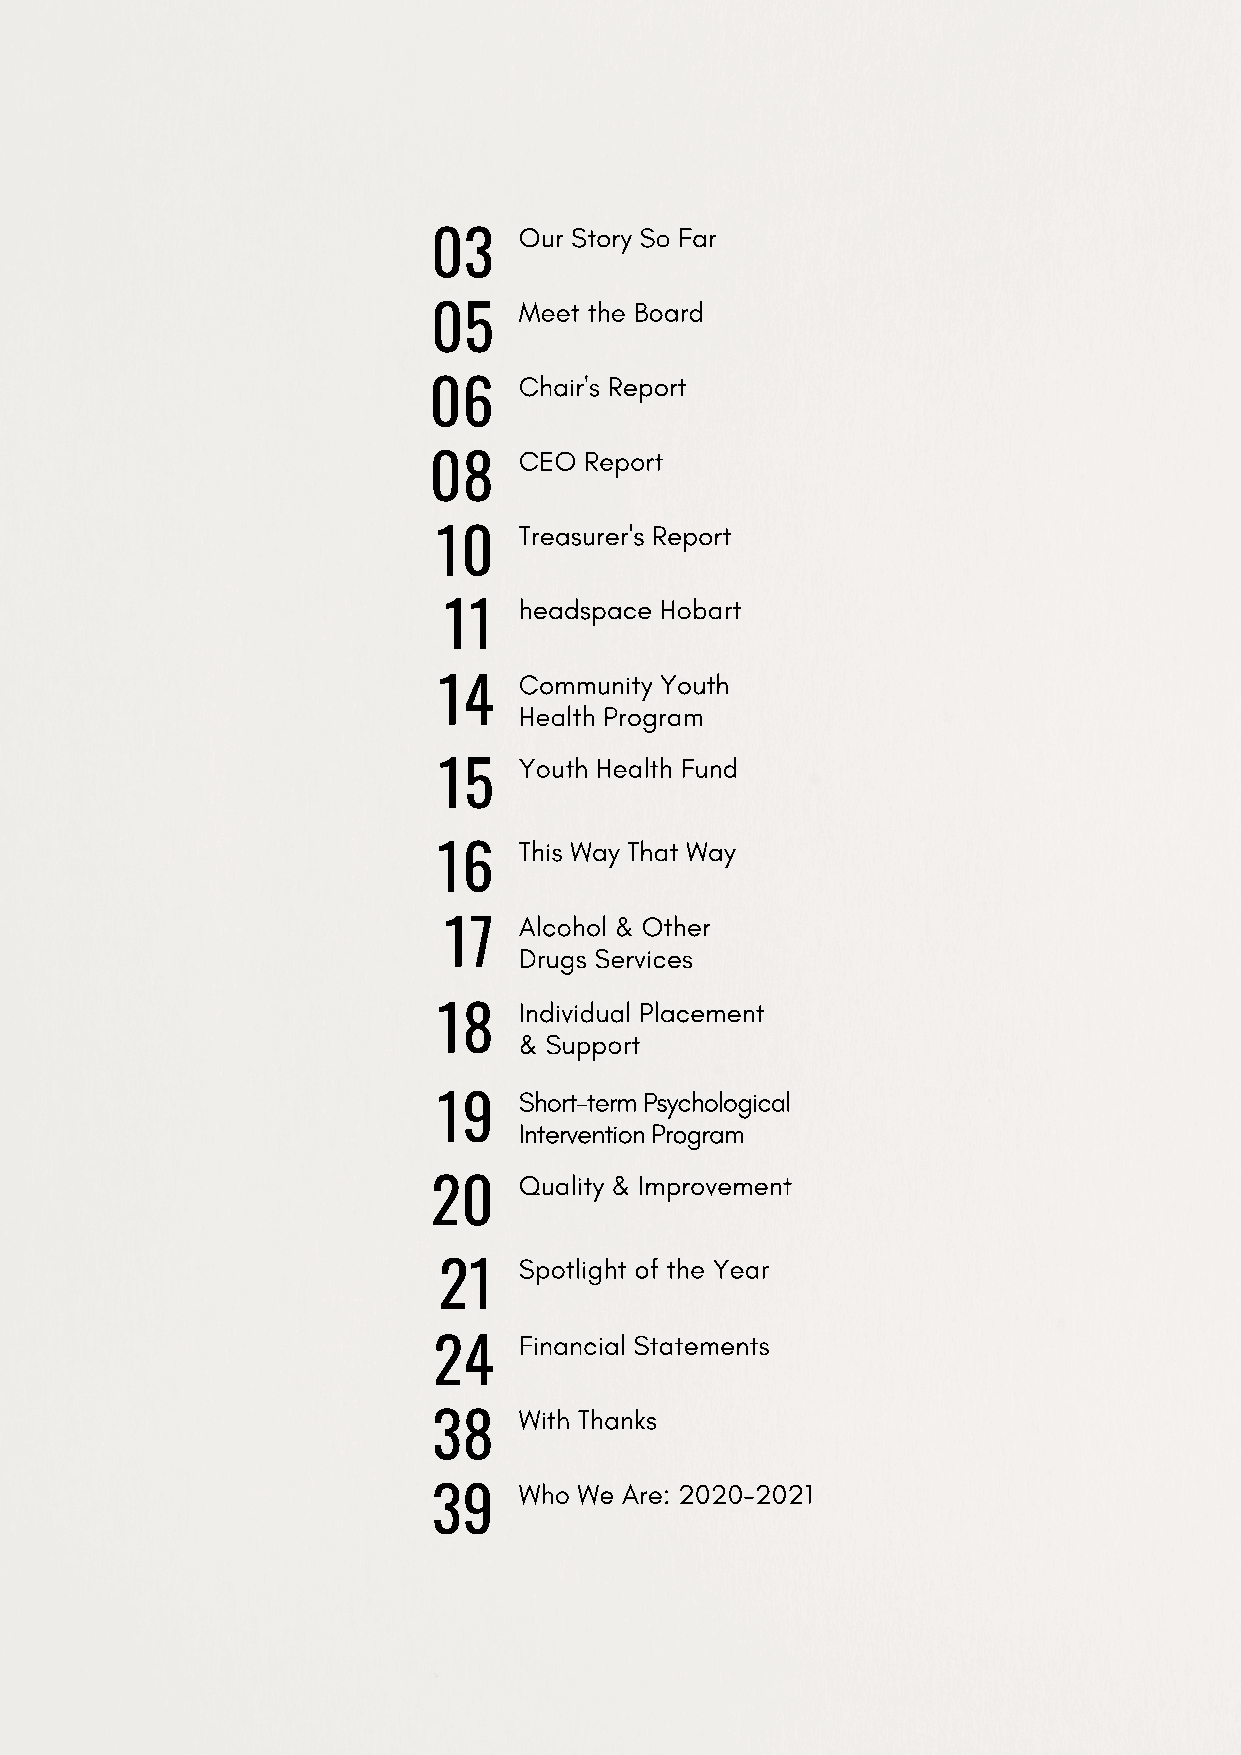
Our Story So Far
 03
 Meet the Board
 05
 Chair's Report
 06
 CEO  Report
 08
 Treasurer's Report
 10
 headspace Hobart
 11
 Community Youth
 14
 Health Program
 Youth Health Fund
 15
 This Way That Way
 16
 Alcohol & Other
 17
 Drugs Services
 Individual Placement
 18
 & Support
 Short-term Psychological
 19
 Intervention Program
 Quality & Improvement
 20
 Spotlight of the Year
 21
 Financial Statements
 24
 With Thanks
 38
 Who We Are: 2020-2021
 39